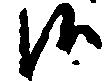
候